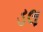
ડલ